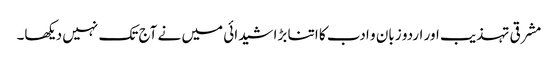
مشرقی تہذیب اور اردو زبان و ادب کا اتنا بڑا شیدائی میں نے آج تک نہیں دیکھا۔